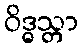
ဝိဒ္ဓသ္တာ